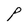
Character: P